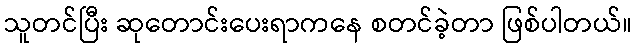
သူတင်ပြီး ဆုတောင်းပေးရာကနေ စတင်ခဲ့တာ ဖြစ်ပါတယ်။